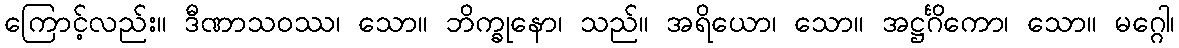
ကြောင့်လည်း။ ဒီဏာသဝဿ၊ သော။ ဘိက္ခုနော၊ သည်။ အရိယော၊ သော။ အဋ္ဌင်္ဂိကော၊ သော။ မဂ္ဂေါ၊